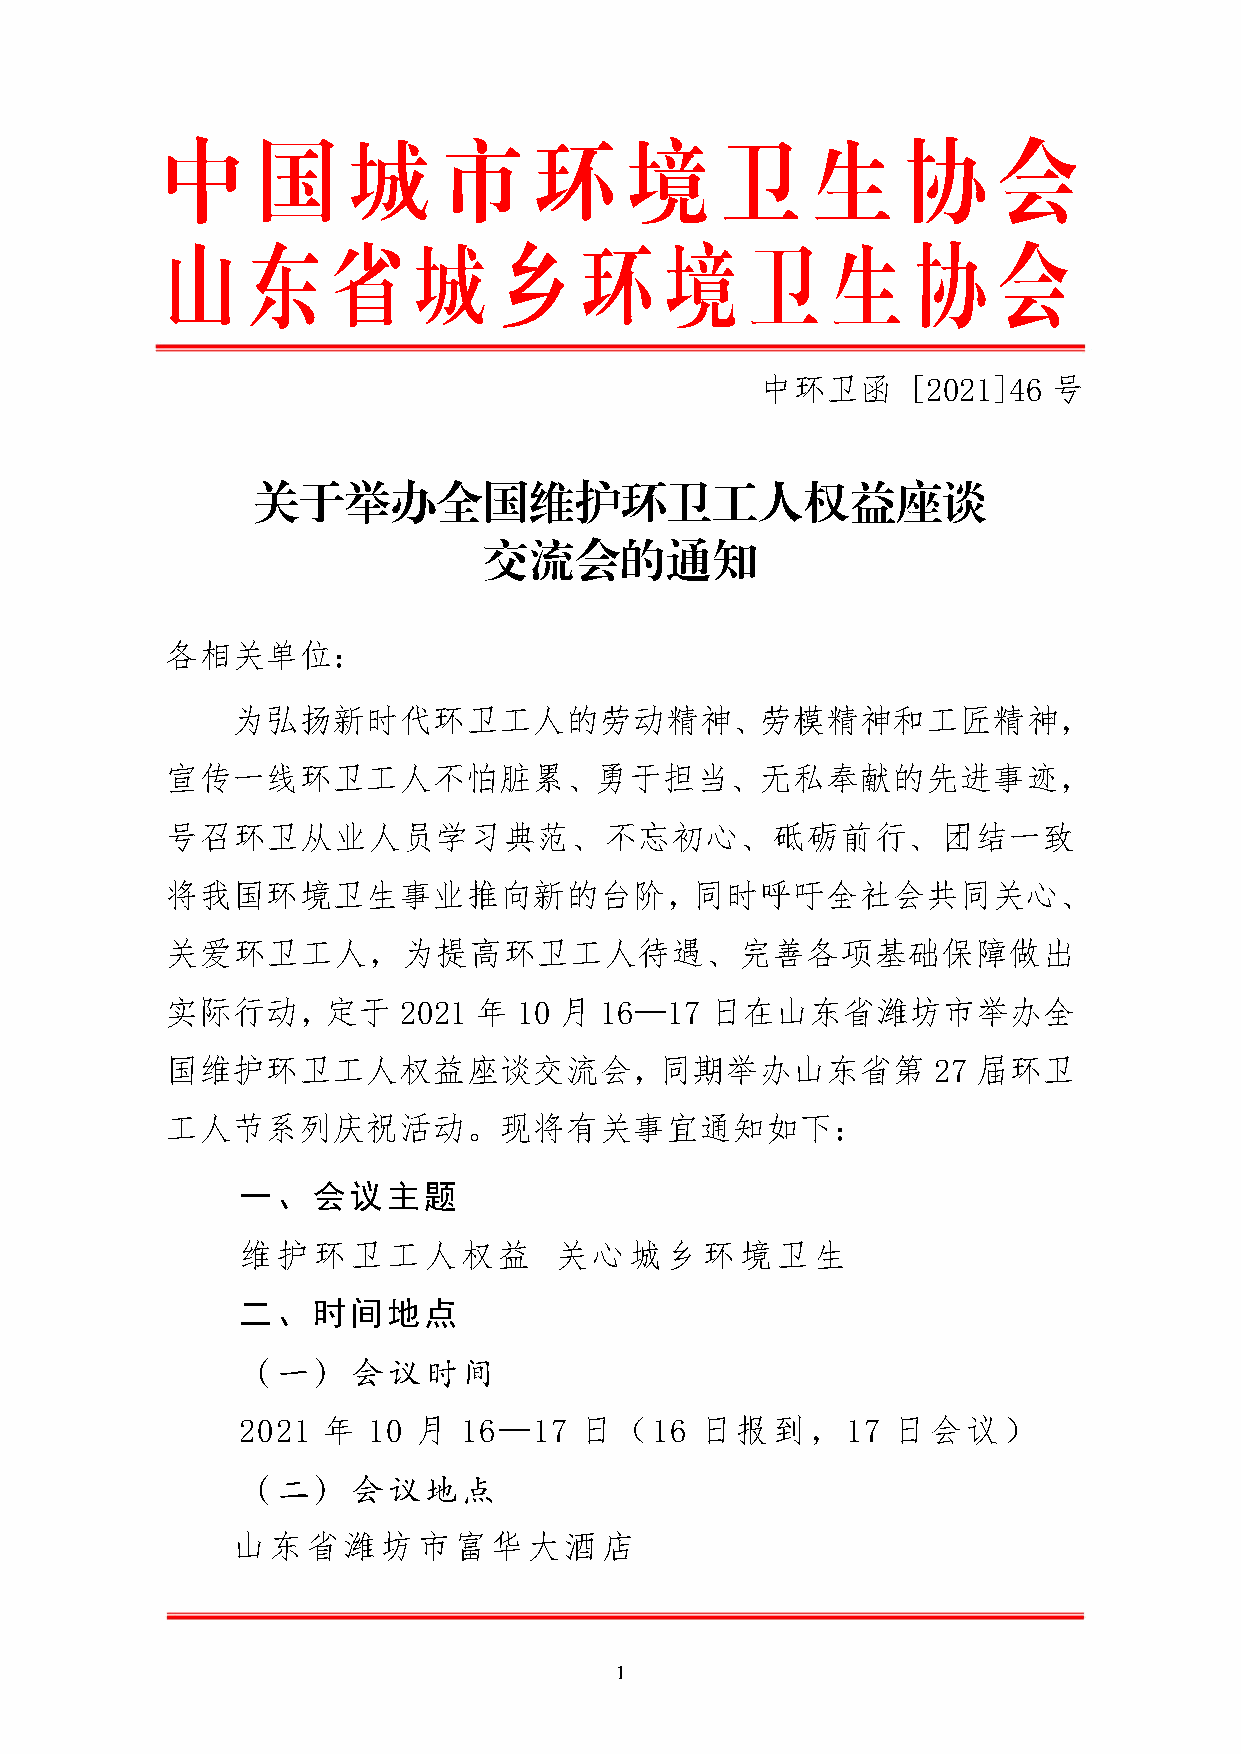
中     国     城     市     环      境     卫     生     协     会
 山    东     省    城     乡     环    境     卫    生     协    会
 中环卫函      [2021]46  号
 关于举办全国维护环卫工人权益座谈
 交流会的通知
 各相关单位：
 为弘扬新时代环卫工人的劳动精神、劳模精神和工匠精神，
 宣传一线环卫工人不怕脏累、勇于担当、无私奉献的先进事迹，
 号召环卫从业人员学习典范、不忘初心、砥砺前行、团结一致
 将我国环境卫生事业推向新的台阶，同时呼吁全社会共同关心、
 关爱环卫工人，为提高环卫工人待遇、完善各项基础保障做出
 实际行动，定于        2021 年  10 月  16—17  日在山东省潍坊市举办全
 国维护环卫工人权益座谈交流会，同期举办山东省第                            27 届环卫
 工人节系列庆祝活动。现将有关事宜通知如下：
 一、会议主题
 维护环卫工人权益             关心城乡环境卫生
 二、时间地点
 （一）会议时间
 2021 年  10 月  16—17   日（16    日报到，17       日会议）
 （二）会议地点
 山东省潍坊市富华大酒店
 1